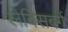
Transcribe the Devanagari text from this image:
लेविसबर्ग